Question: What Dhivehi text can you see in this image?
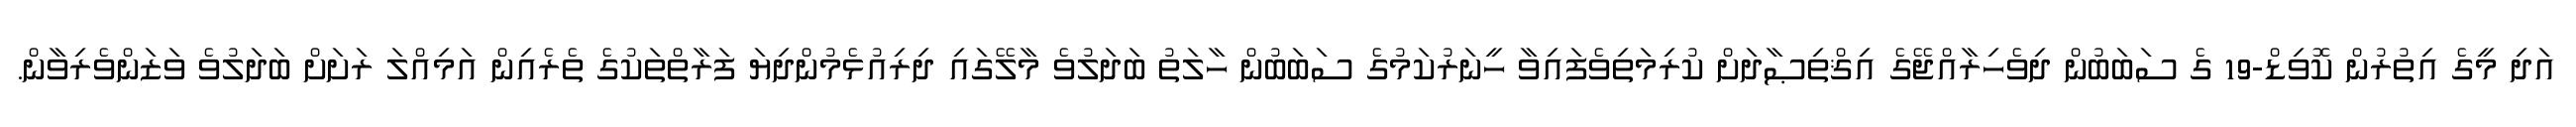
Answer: އަދި މީގެ އިތުރުން ކޮވިޑް-19 ގެ ސަބަބުން ދިވެހިރާއްޖޭގެ އިޤްތިޞާދަށް ކުރިމަތިވެފައިވާ ހީނަރުކަމުގެ ސަބަބުން ހާލަތު ބަދަލުވެ މާލޭގައި ދިރިއުޅެމުންދިޔަ ފަރާތްތަކުގެ ތެރެއިން އަމިއްލަ ރަށަށް ބަދަލުވެ ވަޒަންވެރިވާން.